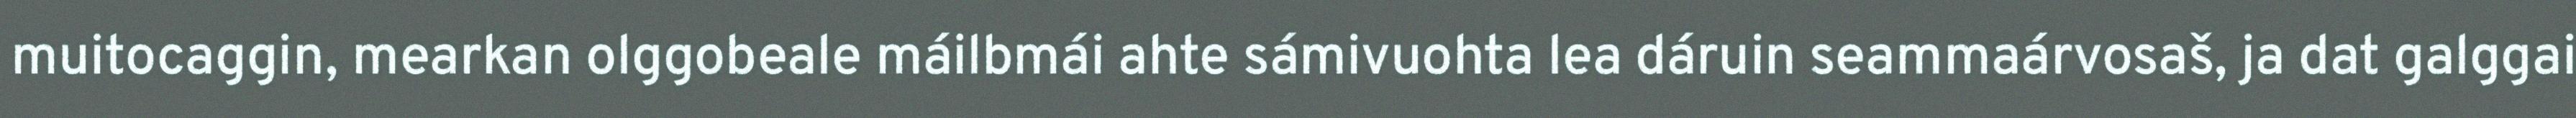
muitocaggin, mearkan olggobeale máilbmái ahte sámivuohta lea dáruin seammaárvosaš, ja dat galggai